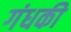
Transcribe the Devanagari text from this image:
गंधकी